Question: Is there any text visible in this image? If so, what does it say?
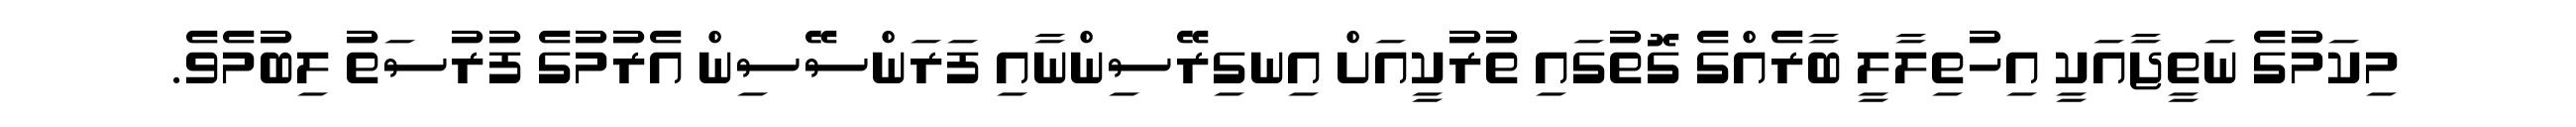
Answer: މިކަމުގެ ނަތީޖާއަކީ އިހުތިލާލީ ބާރެއްގެ ގޮތުގައި ތުރުކީއަށް އިނގިރޭސިންނާއި ފަރަންސޭސިން އެރުމުގެ ފުރުސަތު ލިބުމެވެ.